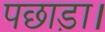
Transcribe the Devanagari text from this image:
पछाड़ा।